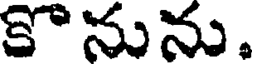
కొనును.